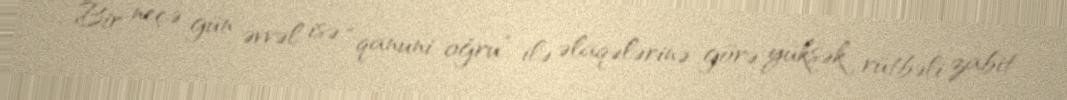
Bir neçə gün əvvəl isə “qanuni oğru” ilə əlaqələrinə görə yüksək rütbəli zabit